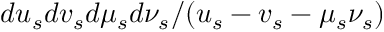
d u _ { s } d v _ { s } d \mu _ { s } d \nu _ { s } / ( u _ { s } - v _ { s } - \mu _ { s } \nu _ { s } )